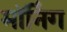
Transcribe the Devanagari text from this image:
मॉनिंग